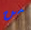
من